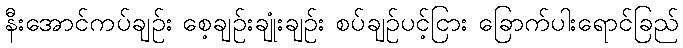
နီးအောင်ကပ်ချဉ်း စေ့ချဉ်းချုံးချဉ်း စပ်ချဉ်ပင့်ငြား ခြောက်ပါးရောင်ခြည်